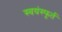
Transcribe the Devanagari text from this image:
स्वयंस्फूर्त